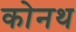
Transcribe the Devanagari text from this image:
कोनथ